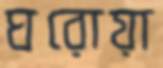
ঘরোয়া